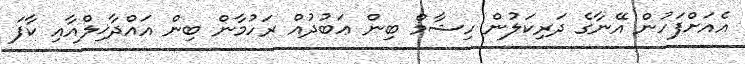
އެއަށްފަހުން އޭނާގެ ދަރިކަލުން ހިޝާމް ބިން ޢަބުދުއް ރަހުމާން ބިން އައްދާޚިލްއާއި ކާފަ